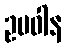
ဥပဝါန